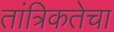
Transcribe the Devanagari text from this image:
तांत्रिकतेचा